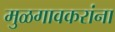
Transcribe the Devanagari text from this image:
मुळगावकरांना